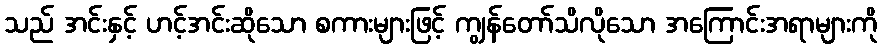
သည် အင်းနှင့် ဟင့်အင်းဆိုသော စကားများဖြင့် ကျွန်တော်သိလိုသော အကြောင်းအရာများကို